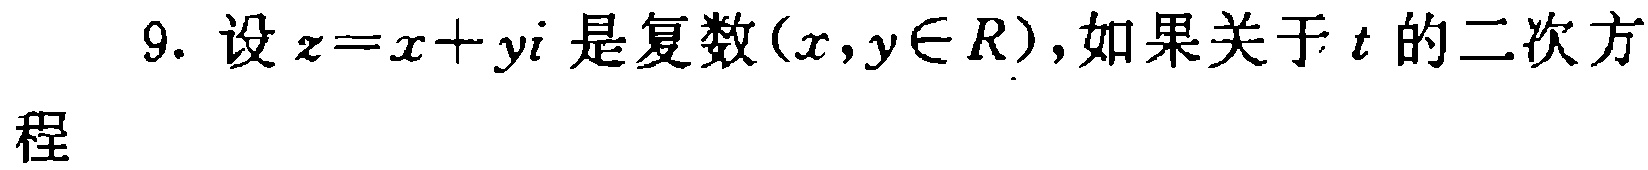
9. 设\(z = x + yi\)是复数\((x,y\in R)\)，如果关于\(t\)的二次方 程